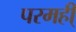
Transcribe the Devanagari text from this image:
परमही्